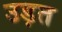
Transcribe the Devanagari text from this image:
उड़त